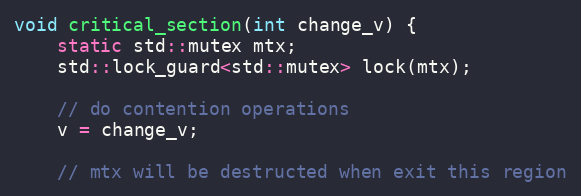
Language: C++
void critical_section(int change_v) {
    static std::mutex mtx;
    std::lock_guard<std::mutex> lock(mtx);

    // do contention operations
    v = change_v;

    // mtx will be destructed when exit this region